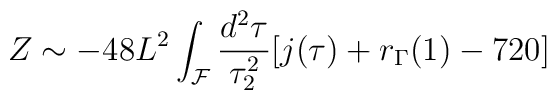
Z \sim -48L^{2}\int_{\cal F}\frac{d^2\tau}{\tau_{2}^{2}}[j(\tau)+r_{\Gamma}(1)-720]